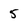
Character: 5